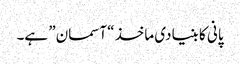
پانی کا بنیادی ماخذ “آسمان” ہے۔